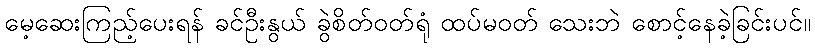
မေ့ဆေးကြည့်ပေးရန် ခင်ဦးနွယ် ခွဲစိတ်ဝတ်ရုံ ထပ်မဝတ် သေးဘဲ စောင့်နေခဲ့ခြင်းပင်။